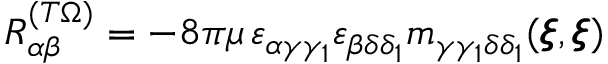
{ R } _ { \alpha \beta } ^ { ( T \Omega ) } = - 8 \pi \mu \, \varepsilon _ { \alpha \gamma \gamma _ { 1 } } \varepsilon _ { \beta \delta \delta _ { 1 } } m _ { \gamma \gamma _ { 1 } \delta \delta _ { 1 } } ( { \pmb \xi } , { \pmb \xi } )